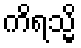
ကိရသ္မိ